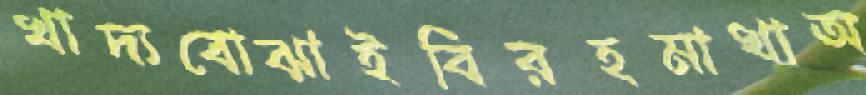
খাদ্যবোঝাইবিরহমাখাঅ